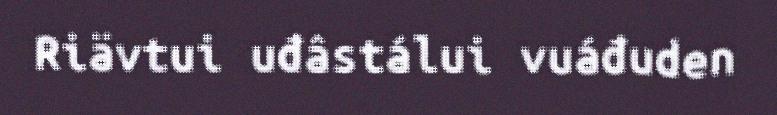
Riävtui uđâstálui vuáđuden